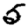
Digit: 5